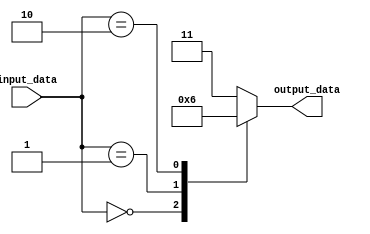
module behavioral_block(
    input wire [2:0] input_data,
    output wire [1:0] output_data
);

reg [1:0] result;

always @(*) begin
    case(input_data)
        3'b000: result = 2'b00;
        3'b001: result = 2'b01;
        3'b010: result = 2'b10;
        3'b011: result = 2'b11;
        default: result = 2'b11; // default behavior when input does not match any case
    endcase
end

assign output_data = result;

endmodule